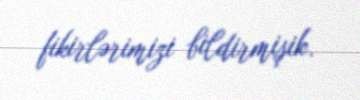
fikirlərimizi bildirmişik.